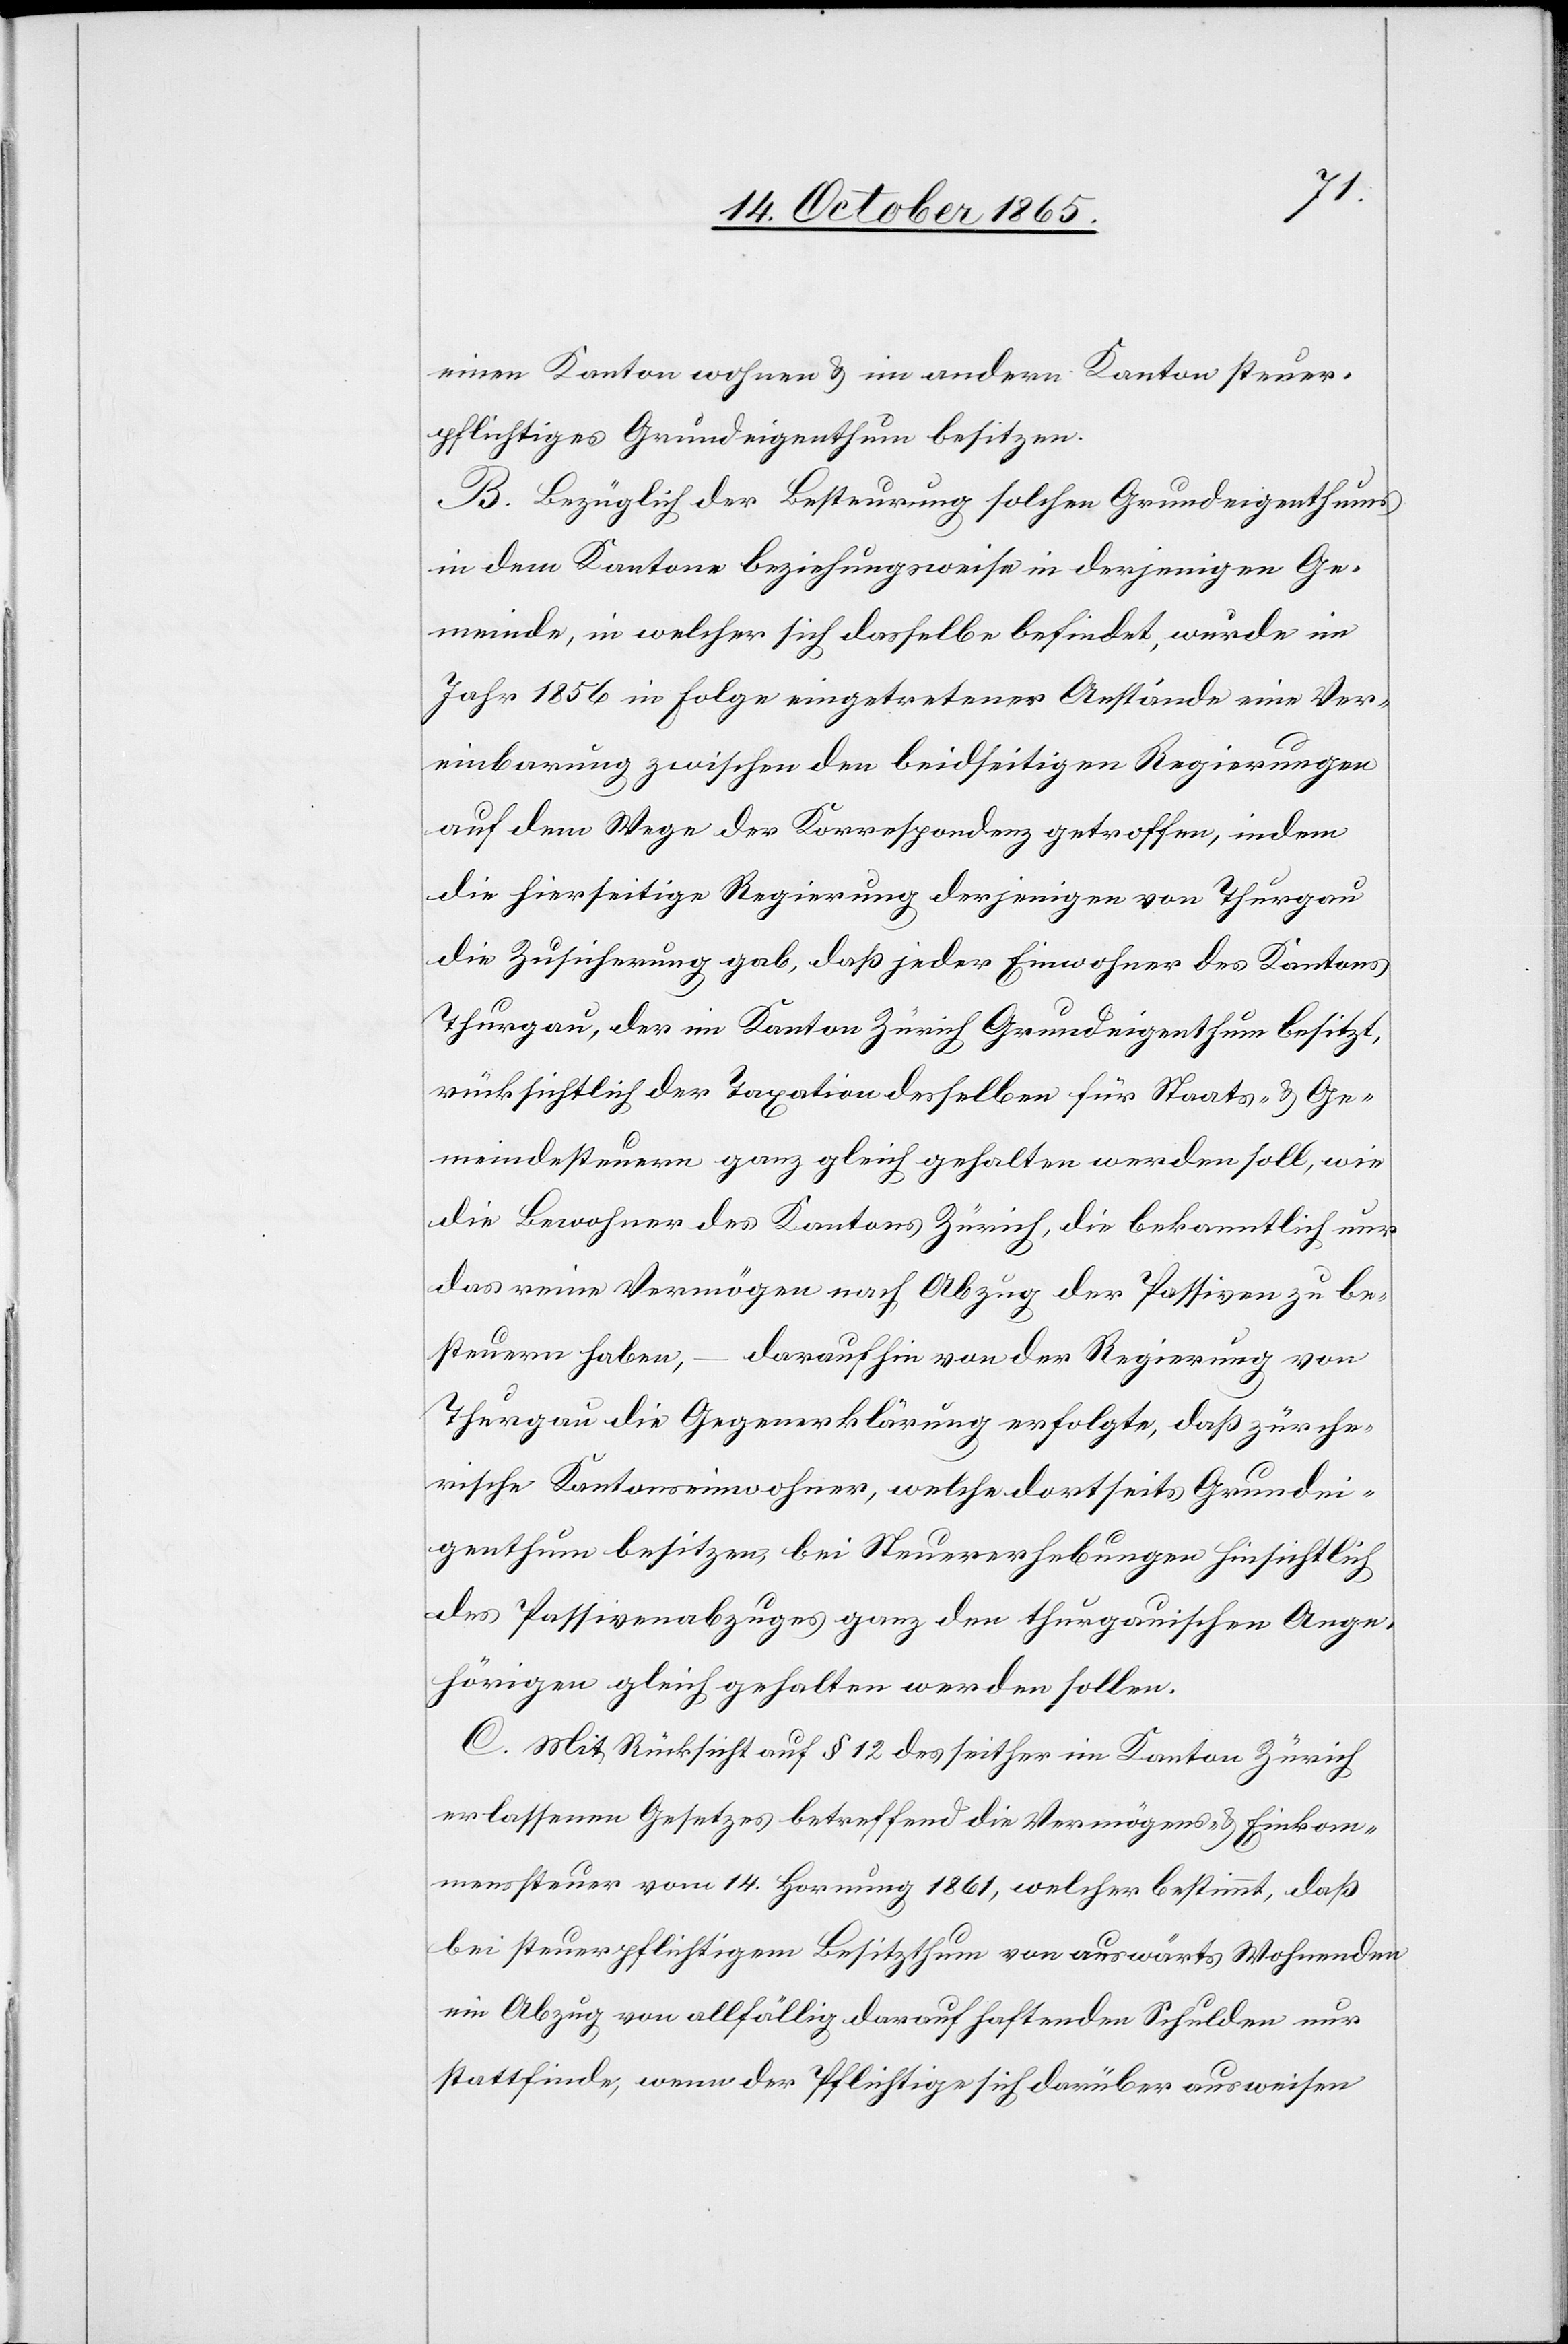
einen Kanton wohnen & im andern Kanton steuer¬
pflichtiges Grundeigenthum besitzen.
B. Bezüglich der Besteurung solchen Grundeigenthums
in dem Kantone beziehungsweise in derjenigen Ge¬
meinde, in welcher sich dasselbe befindet, wurde im
Jahr 1856 in Folge eingetretener Anstände eine Ver¬
einbarung zwischen den beidseitigen Regierungen
auf dem Wege der Korrespondenz getroffen, indem
die hierseitige Regierung derjenigen von Thurgau
die Zusicherung gab, daß jeder Einwohner des Kantons
Thurgau, der im Kanton Zürich Grundeigenthum besitzt,
rücksichtlich der Taxation desselben für Staats- & Ge¬
meindesteuern ganz gleich gehalten werden soll, wie
die Bewohner des Kantons Zürich, die bekanntlich nur
das reine Vermögen nach Abzug der Passiven zu be¬
steuern haben, – daraufhin von der Regierung von
Thurgau die Gegenerklärung erfolgte, daß zürche¬
rische Kantonseinwohner, welche dortseits Grundei¬
genthum besitzen, bei Steuererhebungen hinsichtlich
des Passivenabzuges ganz den thurgauischen Ange¬
hörigen gleich gehalten werden sollen.
C. Mit Rücksicht auf § 12 des seither im Kanton Zürich
erlassenen Gesetzes betreffend die Vermögens- & Einkom¬
menssteuer vom 14. Hornung 1861, welcher bestimmt, daß
bei steuerpflichtigem Besitzthum von auswärts Wohnenden
ein Abzug von allfällig darauf haftenden Schulden nur
stattfinde, wenn der Pflichtige sich darüber ausweisen